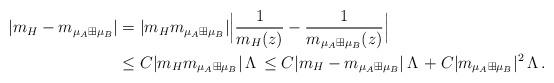
LaTeX: \begin{align*}|m_H-m_{\mu_A\boxplus\mu_B}| &=|m_{H}m_{\mu_A\boxplus\mu_B}|\Big|\frac{1}{m_H(z)}-\frac{1}{m_{\mu_A\boxplus\mu_B}(z)}\Big|\\&\leq C|m_{H}m_{\mu_A\boxplus\mu_B}|\,\Lambda\, \leq C|m_{H}-m_{\mu_A\boxplus\mu_B}| \,\Lambda\,+C|m_{\mu_A\boxplus\mu_B}|^2 \,\Lambda\, . \end{align*}